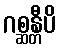
ဂစ္ဆန္တီပိ